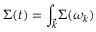
\Sigma ( t ) = { \int _ { \vec { k } } } \Sigma ( \omega _ { k } )